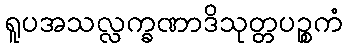
ရူပအသလ္လက္ခဏာဒိသုတ္တပဉ္စကံ